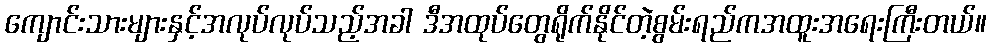
ကျောင်းသားများနှင့်အလုပ်လုပ်သည့်အခါ ဒီအထုပ်တွေရိုက်နိုင်တဲ့စွမ်းရည်ကအထူးအရေးကြီးတယ်။